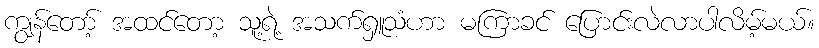
ကျွန်တော့် အထင်တော့ သူ့ရဲ့ အသက်ရှူသံဟာ မကြာခင် ပြောင်းလဲလာပါလိမ့်မယ်။